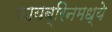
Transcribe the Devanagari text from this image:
फायब्रिनमध्ये